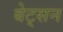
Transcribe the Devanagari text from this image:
बेट्सन